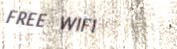
FREE WIFI